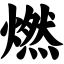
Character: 燃